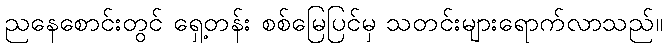
ညနေစောင်းတွင် ရှေ့တန်း စစ်မြေပြင်မှ သတင်းများရောက်လာသည်။